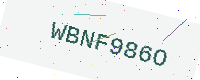
Text: WBNF986O